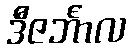
ဒီဇင်္ဘာလ